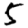
Digit: 5